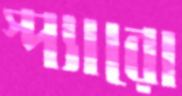
স্প্যারো